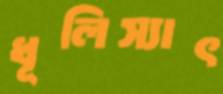
ধূলিস্যাৎ